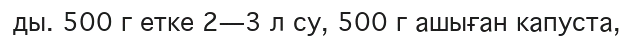
ды. 500 г етке 2—3 л су, 500 г ашыған капуста,